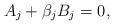
LaTeX: \begin{align*}A_j+\beta_jB_j=0,\end{align*}